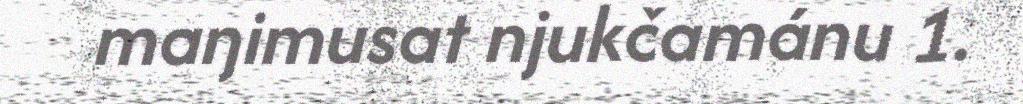
maŋimusat njukčamánu 1.